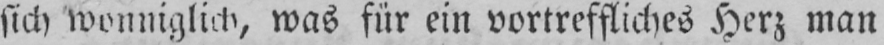
sich wonniglich, was für ein vortreffliches Herz man